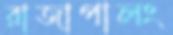
রাজাপালং